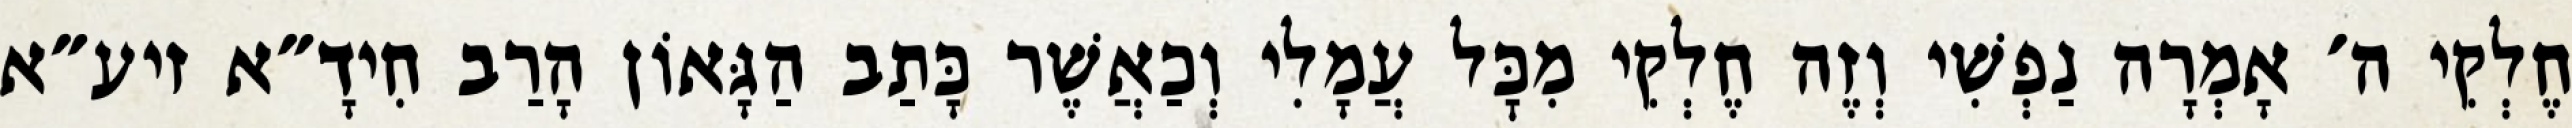
חֶלְקִי ה׳ אָמְרָה נַפְשִׁי וְזֶה חֶלְקִי מִכׇּל עֲמָלִי וְכַאֲשֶׁר כָּתַב הַגָּאוֹן הָרַב חִידָ״א זיע״א